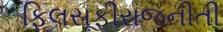
ફિલસૂફીરાજનીતી